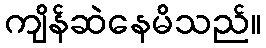
ကျိန်ဆဲနေမိသည်။